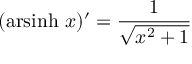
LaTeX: ( \operatorname { a r s i n h } \, x ) ^ { \prime } = { \frac { 1 } { \sqrt { x ^ { 2 } + 1 } } }